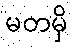
မတမှိ